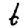
Digit: 6